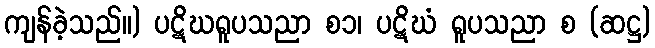
ကျန်ခဲ့သည်။) ပဋိဃရူပသညာ စ၁၊ ပဋိဃံ ရူပသညာ စ (ဆဋ္ဌ)